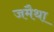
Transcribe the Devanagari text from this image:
जमैथा